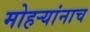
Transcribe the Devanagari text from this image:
मोहऱ्यांनाच